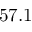
5 7 . 1